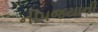
નીપજયાની